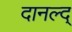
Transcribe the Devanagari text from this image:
दानल्द्